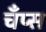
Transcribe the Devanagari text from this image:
चँप्स